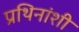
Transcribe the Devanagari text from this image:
प्रथिनांशी